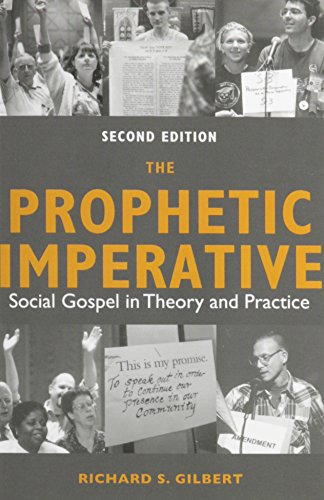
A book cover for The Prophetic Imperative: Social Gospel in Theory and Practice; Richard S. Gilbert; Religion & Spirituality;